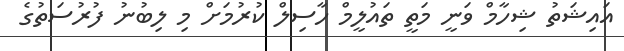
އައިޝަތު ޝިހާމް ވަނީ މަތީ ތައުލީމް ހާސިލް ކުރުމަށް މި ލިބުނު ފުރުސަތުގެ